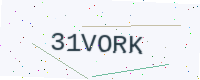
Text: 31VORK